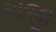
કાજી